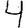
Digit: 4